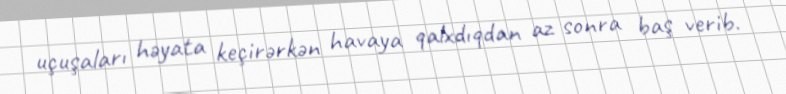
uçuşaları həyata keçirərkən havaya qalxdıqdan az sonra baş verib.